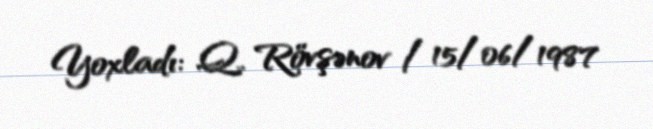
Yoxladı: Q. Rövşənov / 15/06/1987